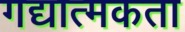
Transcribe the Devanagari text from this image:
गद्यात्मकता